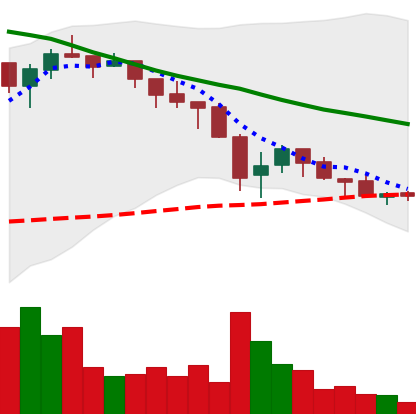
Ticker: ADA-USD
Chart end date: 2018-05-19
Forward return: -14.092%
Label: down_7plus